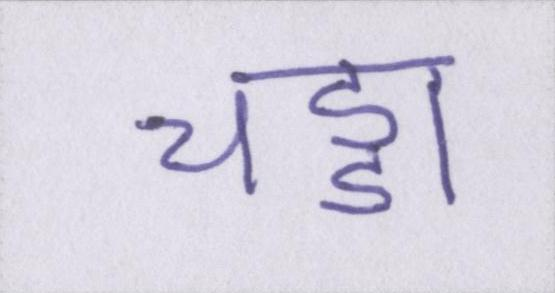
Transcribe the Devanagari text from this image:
चड्डा